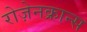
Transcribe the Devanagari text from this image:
रोज़ेनक्रान्स